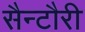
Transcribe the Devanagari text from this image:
सैन्टौरी